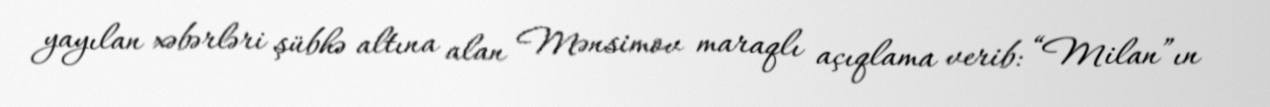
yayılan xəbərləri şübhə altına alan Mənsimov maraqlı açıqlama verib: “Milan”ın